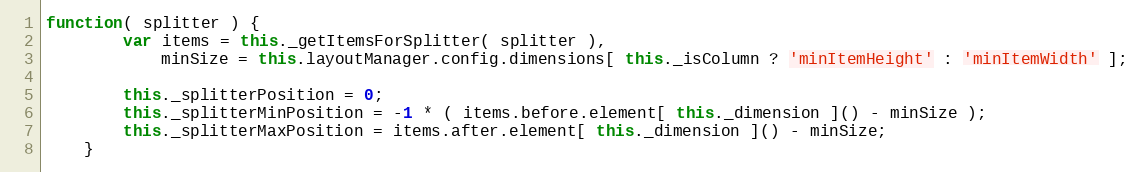
Language: JavaScript
function( splitter ) {
		var items = this._getItemsForSplitter( splitter ),
			minSize = this.layoutManager.config.dimensions[ this._isColumn ? 'minItemHeight' : 'minItemWidth' ];

		this._splitterPosition = 0;
		this._splitterMinPosition = -1 * ( items.before.element[ this._dimension ]() - minSize );
		this._splitterMaxPosition = items.after.element[ this._dimension ]() - minSize;
	}